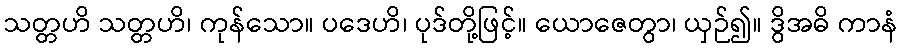
သတ္တဟိ သတ္တဟိ၊ ကုန်သော။ ပဒေဟိ၊ ပုဒ်တို့ဖြင့်။ ယောဇေတွာ၊ ယှဉ်၍။ ဒွိအဓိ ကာနံ